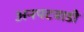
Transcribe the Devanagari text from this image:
अनपटवाडी